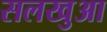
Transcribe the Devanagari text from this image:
सलखुआ